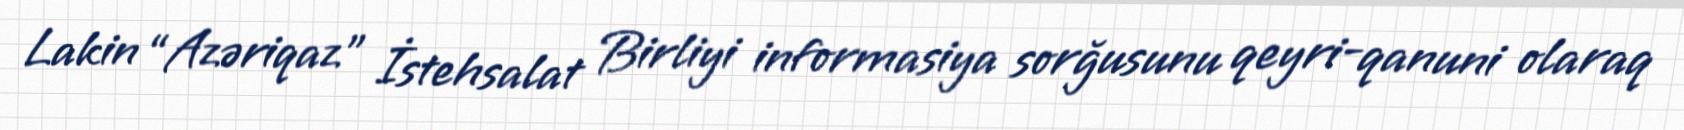
Lakin “Azəriqaz” İstehsalat Birliyi informasiya sorğusunu qeyri-qanuni olaraq